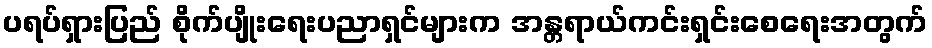
ပရပ်ရှားပြည် စိုက်ပျိုးရေးပညာရှင်များက အန္တရာယ်ကင်းရှင်းစေရေးအတွက်